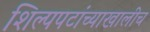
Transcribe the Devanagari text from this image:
शिल्पपटांच्याखालीच